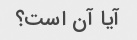
آیا آن است؟